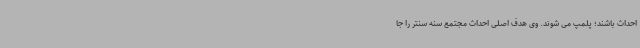
احداث باشند؛ پلمپ می شوند. وی هدف اصلی احداث مجتمع سنه سنتر را جا